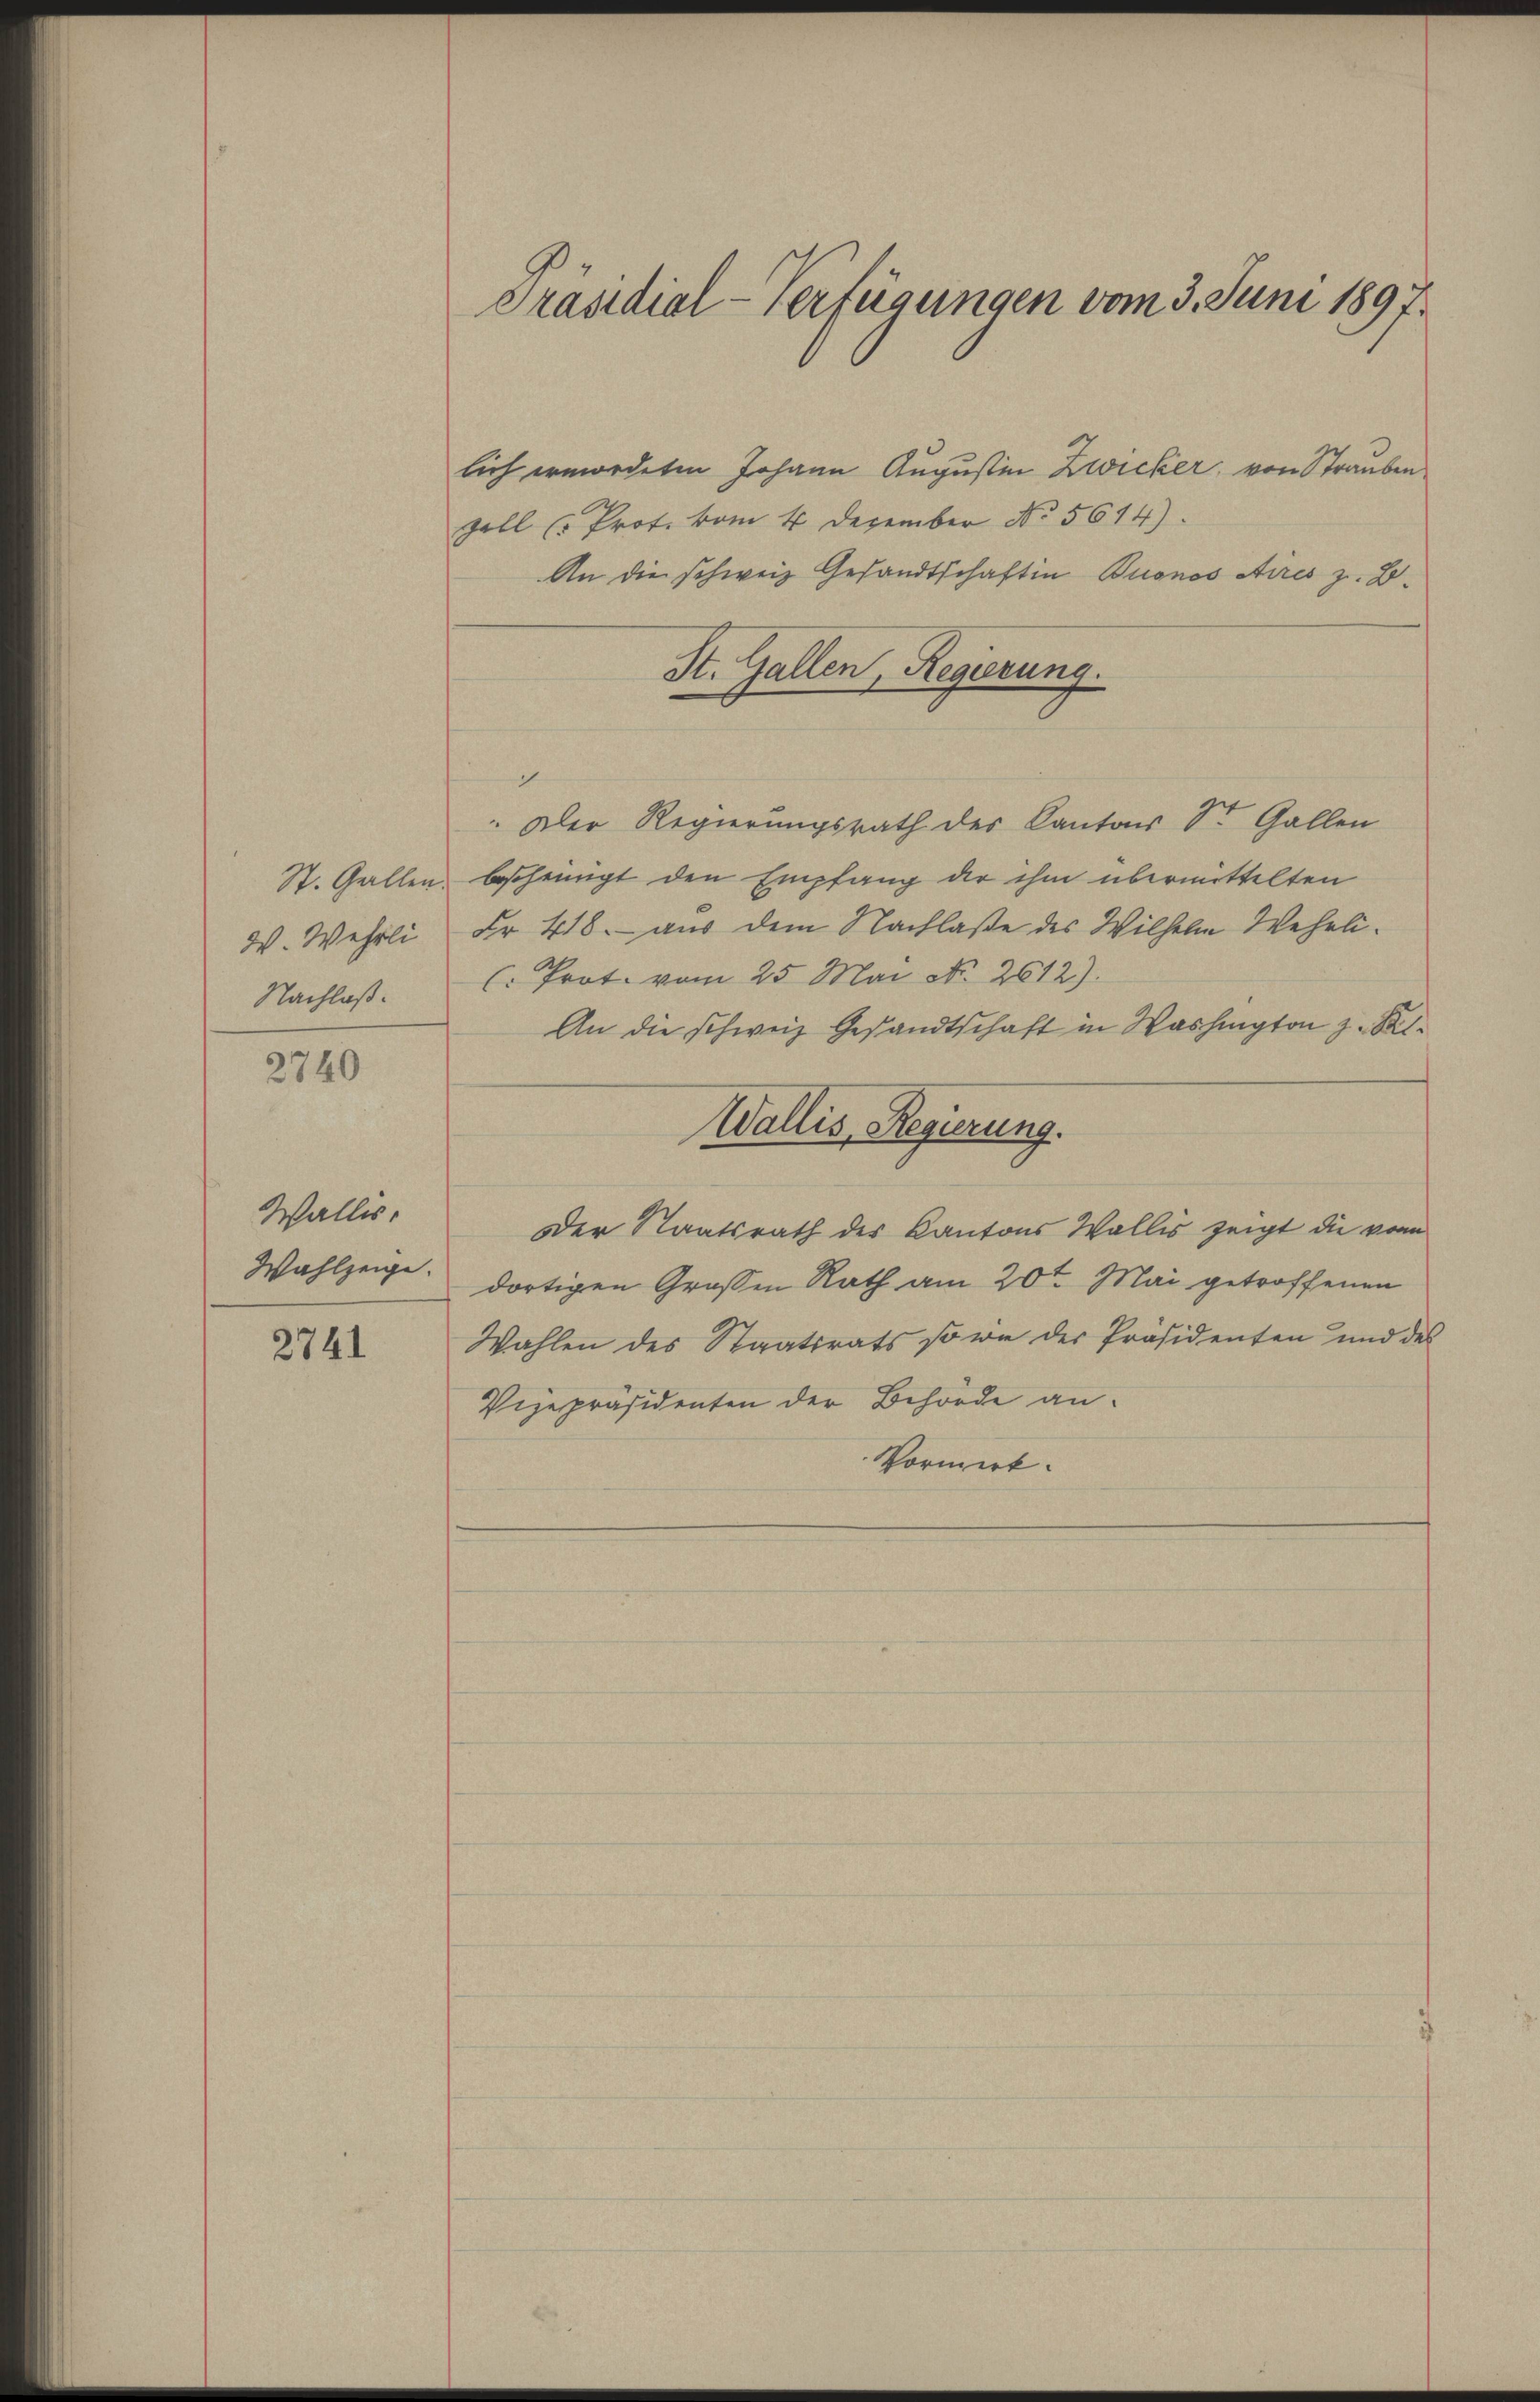
W. Wehrli
Nachlaß.
2740

Wallis.
Wahlzeige.

2741

Präsidial-Verfügungen vom 3. Juni 1897.

lich ermordeten Johann Augustin Zwicker, von Strauben
zell (Prot. vom 4. Dezember No. 5614).
An die schweiz. Gesandtschaft in Buonos Aires z. B.
St. Gallen, Regierung.
c
" Der Regierungsrath des Kantons Sr. Gallen
St. Gallen, bescheinigt den Empfang der ihm übermittelten
Fr. 418. aus dem Nachlaße des Wilhelm Wehrli¬
(. Prot. vom 25. Mai No. 2612).
An die schweiz. Gestandtschaft in Washington z. Kel¬
Wallis, Regierung.
Der Staatsrath des Kantons Wallis zeigt die von
dortigen Großen Rath am 20ten Mai getroffenen
Wahlen des Staatsrats so wie der Präsidenten und des
Vizepräsidenten der Behörde an.
Vormerk.